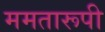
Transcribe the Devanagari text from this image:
ममतारूपी